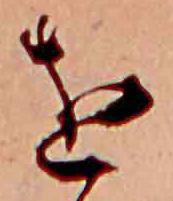
を